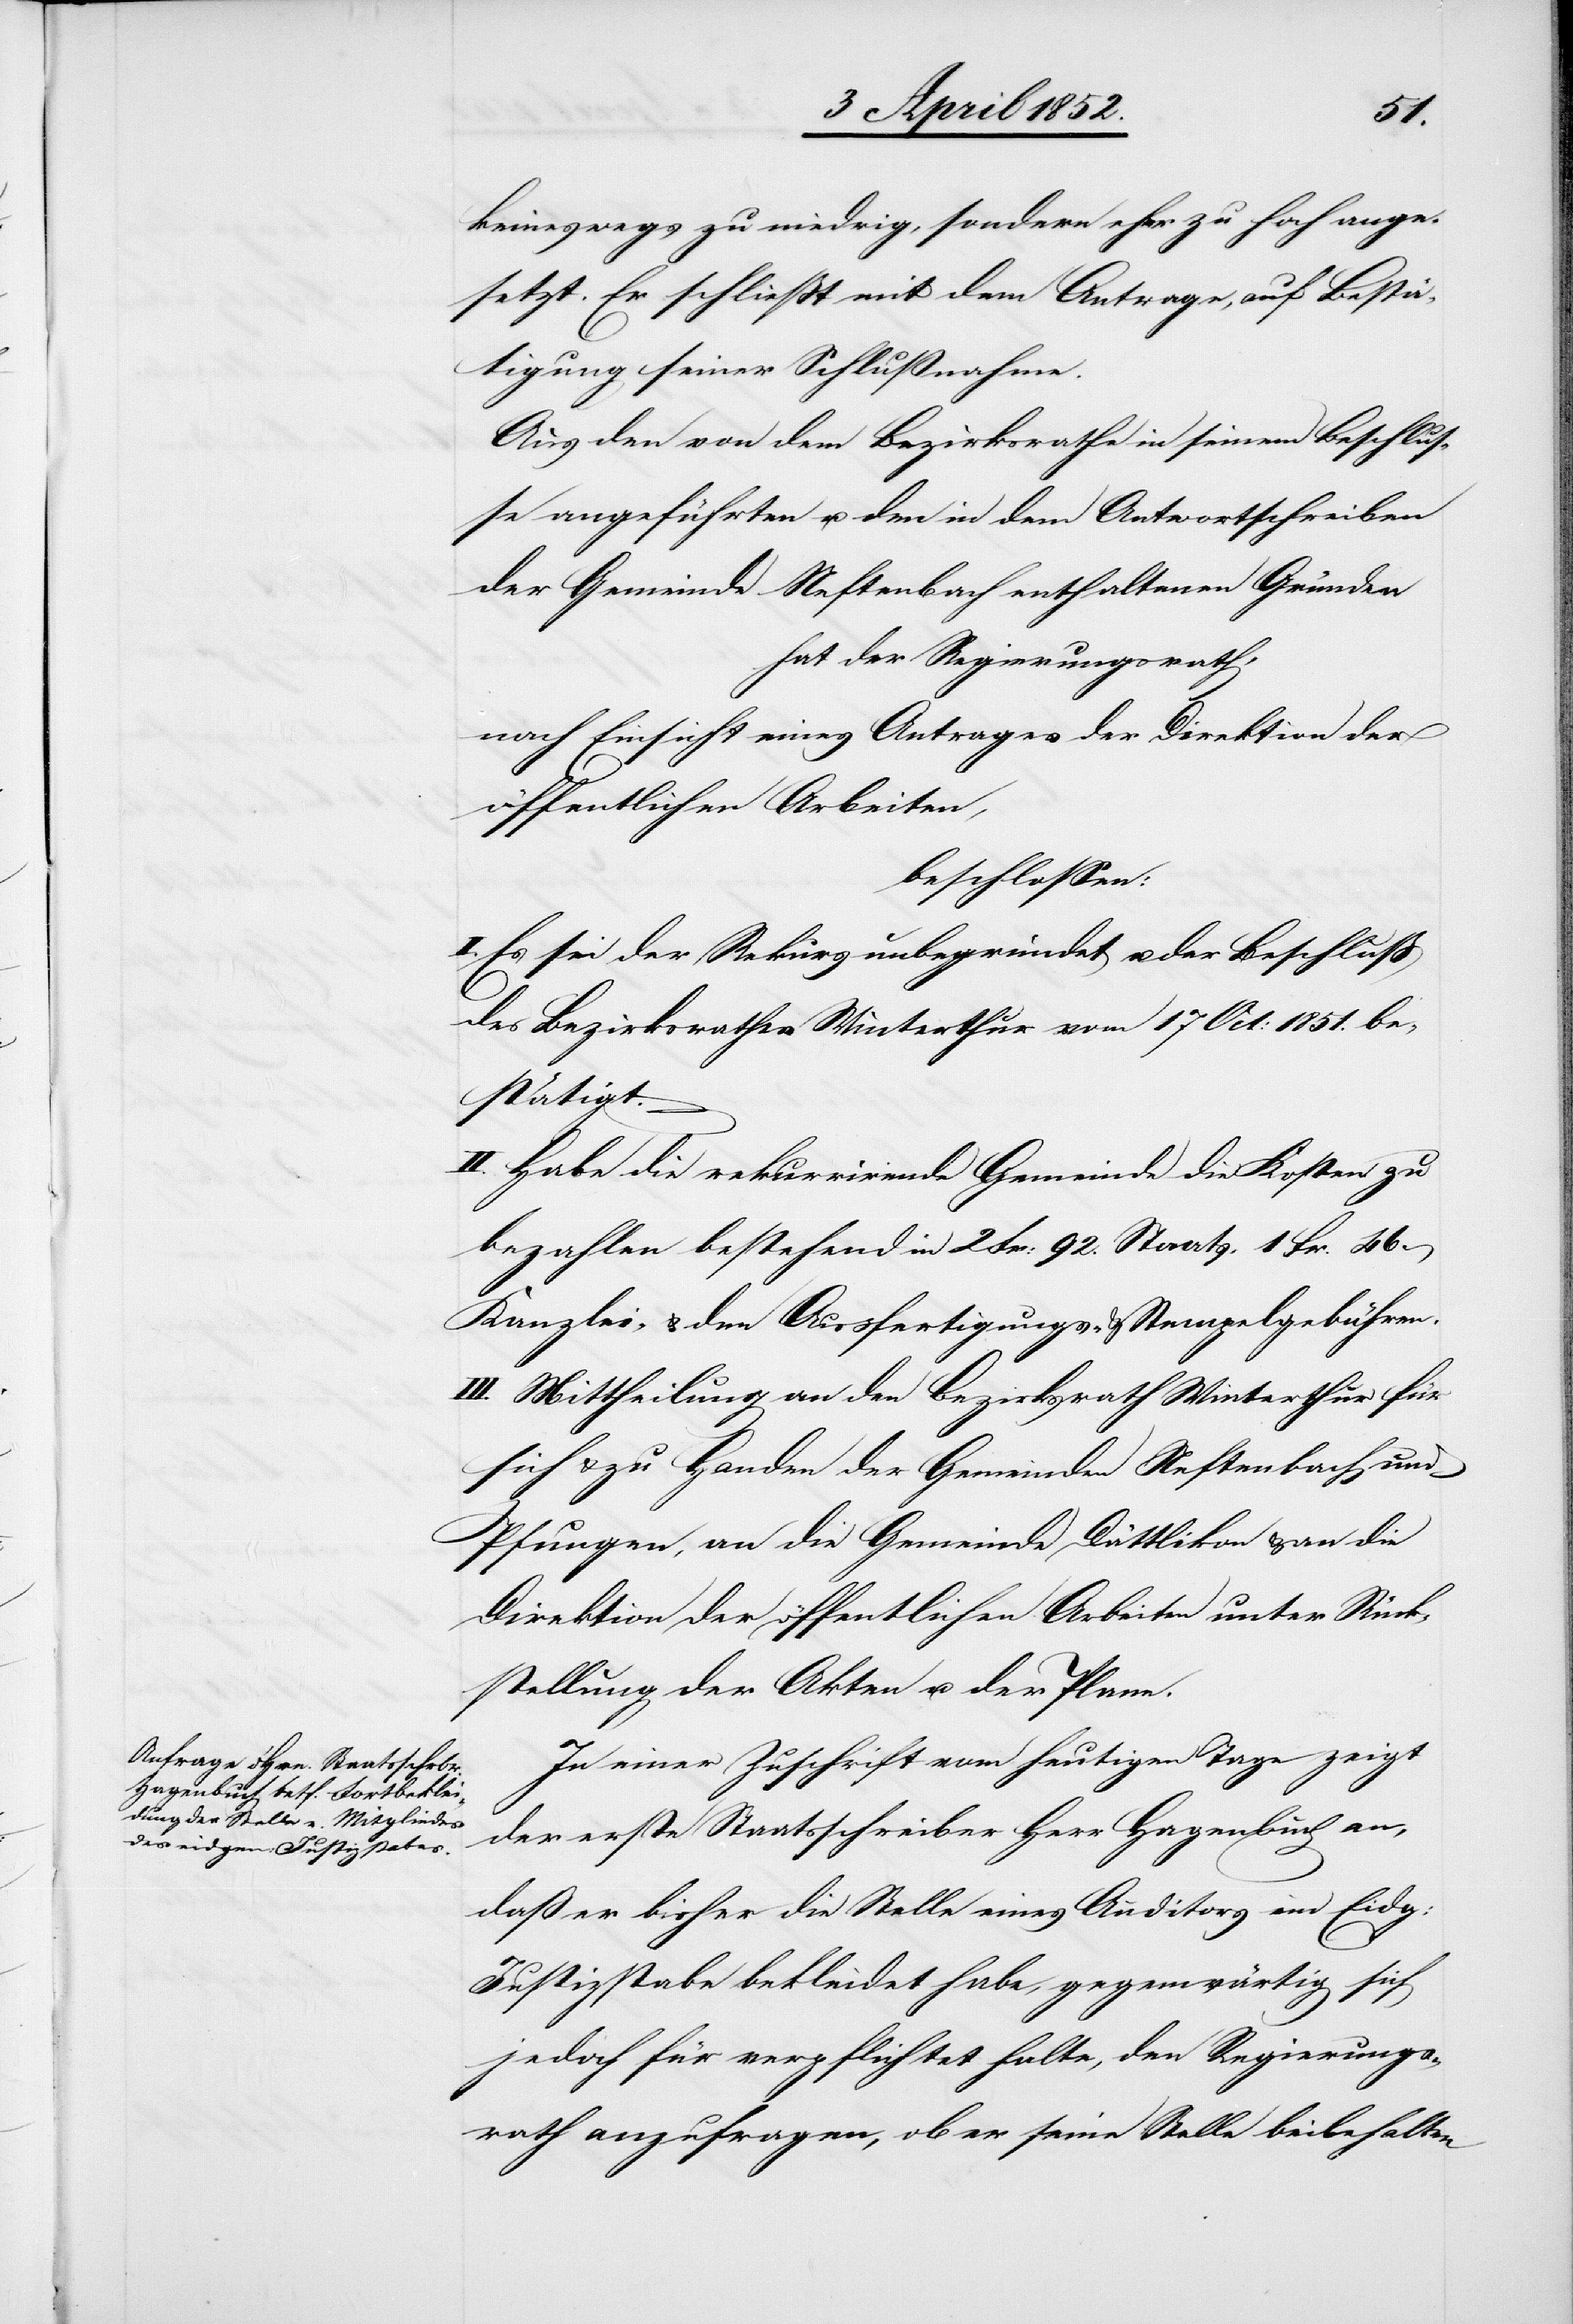
keineswegs zu niedrig, sondern eher zu hoch ange¬
setzt. Er schliesst mit dem Antrage, auf Bestä¬
tigung seiner Schlussnahme.
Aus den von dem Bezirksrathe in seinem Beschlus¬
se angeführten u. den in dem Antwortschreiben
der Gemeinde Neftenbach enthaltenen Gründen
hat der Regierungsrath,
nach Einsicht eines Antrages der Direktion der
öffentlichen Arbeiten,
beschlossen:
I. Es sei der Rekurs unbegründet u. der Beschluß
des Bezirksrathes Winterthur vom 17 Oct: 1851. be¬
stätigt.
II. Habe die rekurrirende Gemeinde die Kosten zu
bezahlen bestehend in 2 Fr: 92. Staats-[,] 1 Fr. 46.
Kanzlei- & den Ausfertigungs- & Stempelgebühren.
III. Mittheilung an den Bezirksrath Winterthur für
sich & zu Handen der Gemeinden Neftenbach und
Pfungen, an die Gemeinde Dättlikon & an die
Direktion der öffentlichen Arbeiten unter Rück¬
stellung der Akten u. der Plane.
In einer Zuschrift vom heutigen Tage zeigt
der erste Staatsschreiber Herr Hagenbuch an,
daß er bisher die Stelle eines Auditors im Eidg:
Justizstabe bekleidet habe, gegenwärtig sich
jedoch für verpflichtet halte, den Regierungs¬
rath anzufragen, ob er seine Stelle beibehalten